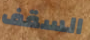
السقف